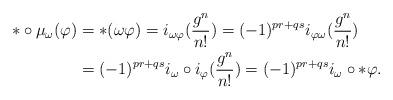
LaTeX: \begin{align*}*\circ\mu_{\omega}(\varphi)&=*(\omega \varphi)=i_{\omega \varphi}(\frac{g^n}{n!})=(-1)^{pr+qs}i_{\varphi\omega}(\frac{g^n}{n!})\\&=(-1)^{pr+qs}i_{\omega}\circ i_{\varphi}(\frac{g^n}{n!})=(-1)^{pr+qs}i_{\omega}\circ*\varphi.\end{align*}